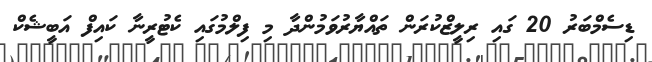
ޑިސެމްބަރު 20 ގައި ރިލީޒްކުރަން ތައްޔާރުވަމުންދާ މި ފިލްމުގައި ކެޓުރީނާ ކައިފް އަބީޝެކް